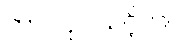
ဘာ လုပ်သင့်လဲ။